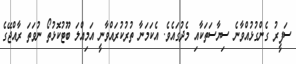
ސަފީރު ގެންގުޅުއްވާނެ ސިޔާސަތަކާއި މެދުގައެވެ. އެކަމަނާ ތުރުކުރައްވާނީ އަމިއްލަ ބޫޓުކޮޅުތޯ ނުވަތަ ރާއްޖޭގެ